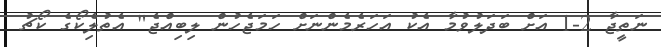
ނަތީޖާ 2-1 އަށް ބަދަލުވުމާ އެކު އަހަރެމެންނަށް ހަމަޖެހުން ލިބިއްޖެ" އެތުލެިކޯގެ ކޯޗު